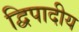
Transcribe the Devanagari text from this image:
द्विपादीय